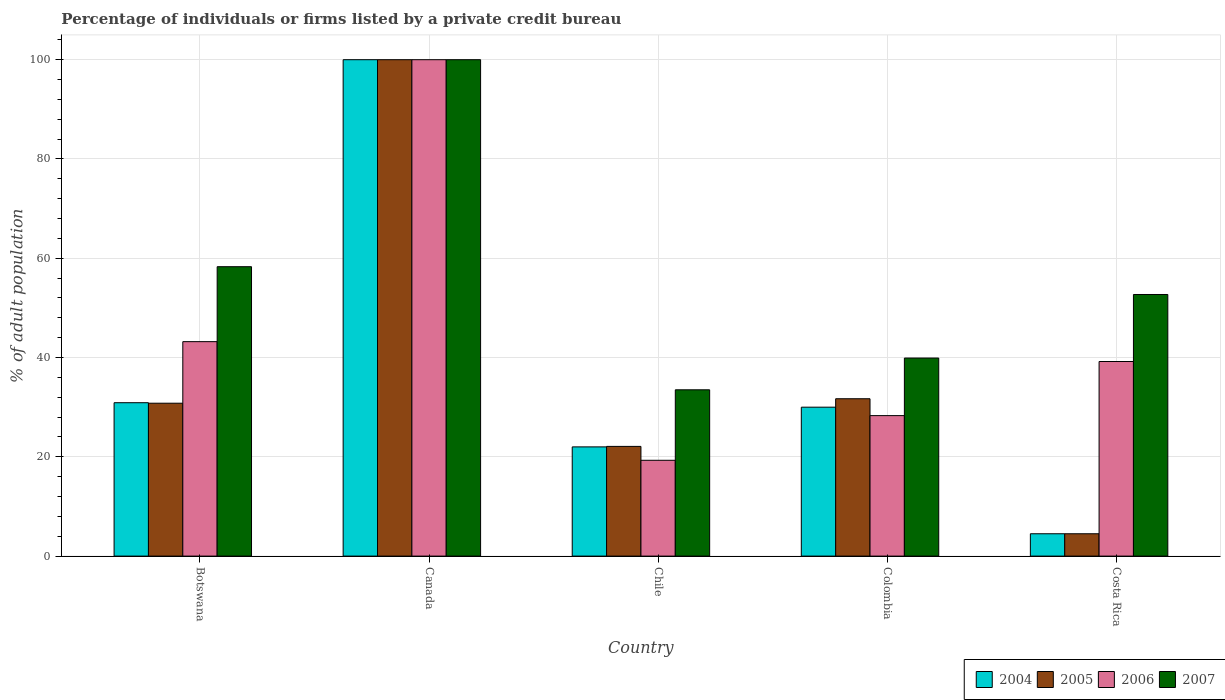
| Country | 2004 | 2005 | 2006 | 2007 |
 | --- | --- | --- | --- | --- |
 | Botswana | 30.9 | 30.8 | 43.2 | 58.3 |
 | Canada | 100 | 100 | 100 | 100 |
 | Chile | 22 | 22.1 | 19.3 | 33.5 |
 | Colombia | 30 | 31.7 | 28.3 | 39.9 |
 | Costa Rica | 4.5 | 4.5 | 39.2 | 52.7 |